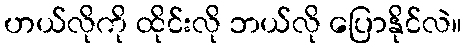
ဟယ်လိုကို ထိုင်းလို ဘယ်လို ပြောနိုင်လဲ။